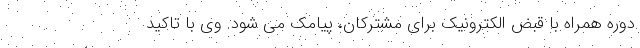
دوره همراه با قبض الکترونیک برای مشترکان، پیامک می شود. وی با تاکید